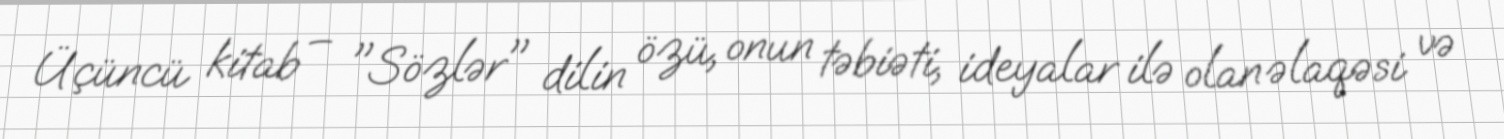
Üçüncü kitab – "Sözlər" dilin özü, onun təbiəti, ideyalar ilə olan əlaqəsi və